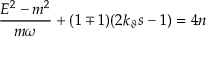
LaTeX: \frac { E ^ { 2 } - m ^ { 2 } } { m \omega } + ( 1 \mp 1 ) ( 2 k _ { \vartheta } s - 1 ) = 4 n